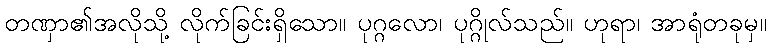
တဏှာ၏အလိုသို့ လိုက်ခြင်းရှိသော။ ပုဂ္ဂလော၊ ပုဂ္ဂိုလ်သည်။ ဟုရာ၊ အာရုံတခုမှ။